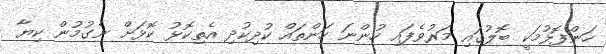
ހަންފޮޅުމަކީ ބޮލުގައި މަރުވެފައި ހުންނަ ހަންތައް ކުދިކުދި އެތިކޮޅު ކޮޅަށް ނެގުމުން ކިޔާ